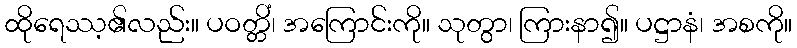
ထိုရေဿ့၏လည်း။ ပဝတ္တိံ၊ အကြောင်းကို။ သုတွာ၊ ကြားနာ၍။ ပဋ္ဌာနံ၊ အစကို။